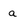
Character: a